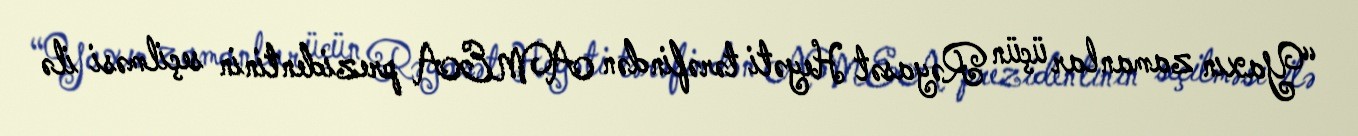
“Yaxın zamanlar üçün Rəyasət Heyəti tərəfindən AMEA prezidentinin seçilməsi ilə